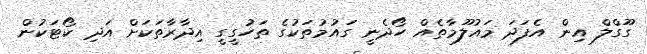
ގޫގްލް އިން އެފަދަ މައުލޫމާތެއް ހޯދެނީ ގައުމުތަކުގެ ތަހުގީގީ އިދާރާތަކަށް އަދި ކޯޓަކުން